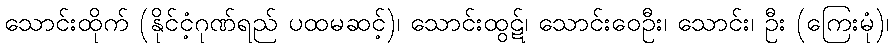
သောင်းထိုက် (နိုင်ငံ့ဂုဏ်ရည် ပထမဆင့်)၊ သောင်းထွဋ်၊ သောင်းဝေဦး၊ သောင်း၊ ဦး (ကြေးမုံ)၊